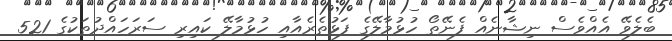
ބެލެވޭ އެއްވެސް ނިޝާނެއް ފެނޭތޯ ހުޅުމާލޭގެ ފަޅުތެރެއާއި ހުޅުމާލޭ ކައިރި ސަރަހައްދުތަކުގެ 521